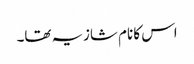
اس کا نام شازیہ تھا۔